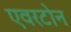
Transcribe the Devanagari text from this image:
एवरटोन